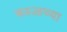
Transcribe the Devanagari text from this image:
करूळच्या